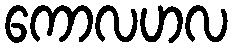
ကောလဟလ